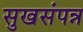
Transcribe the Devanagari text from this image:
सुखसंपन्न